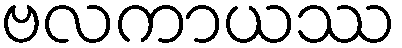
ဗလကာယဿ